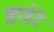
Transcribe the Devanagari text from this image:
फ्लाईटें